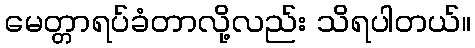
မေတ္တာရပ်ခံတာလို့လည်း သိရပါတယ်။